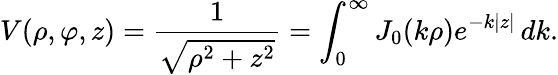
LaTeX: V(\rho,\varphi,z)={\frac{1}{\sqrt{\rho^{2}+z^{2}}}}=\int_{0}^{\infty}J_{0}(k\rho)e^{-k|z|}\, dk.